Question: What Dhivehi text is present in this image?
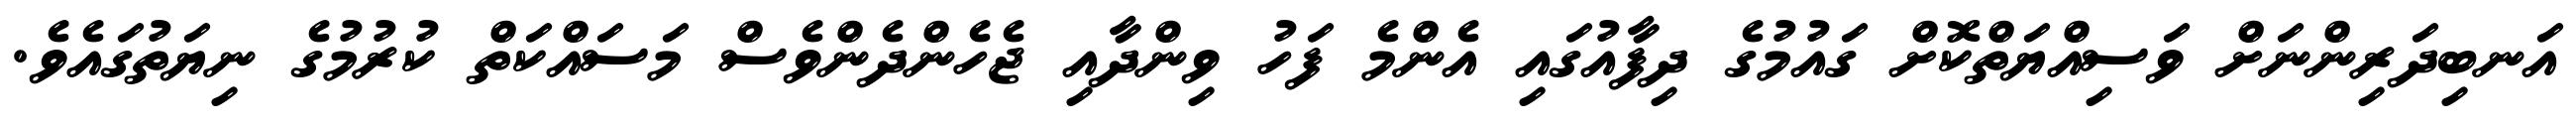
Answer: އަނބިދަރިންނަށް ވަސިއްޔަތްކޮށް ގައުމުގެ ދިފާއުގައި އެންމެ ފަހު ވިންދާއި ޖެހެންދެންވެސް މަސައްކަތް ކުރުމުގެ ނިޔަތުގައެވެ.